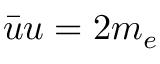
{ \bar { u } } u = 2 m _ { e }